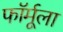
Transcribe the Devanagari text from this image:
फाॅर्मूला